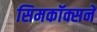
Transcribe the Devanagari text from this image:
सिमकॉक्सने